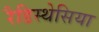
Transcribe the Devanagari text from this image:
रैडिस्थेसिया